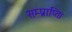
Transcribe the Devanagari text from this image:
सम्प्राप्ति।